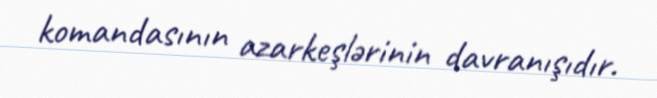
komandasının azarkeşlərinin davranışıdır.